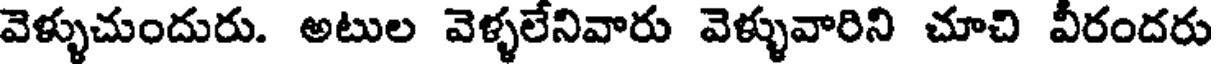
వెళ్ళుచుందురు. అటుల వెళ్ళలేనివారు వెళ్ళువారిని చూచి వీరందరు